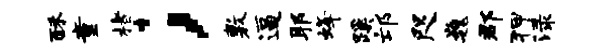
酥童楮；敷逼耶蜂蹊邙咫巍郡狎渌